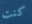
كنت